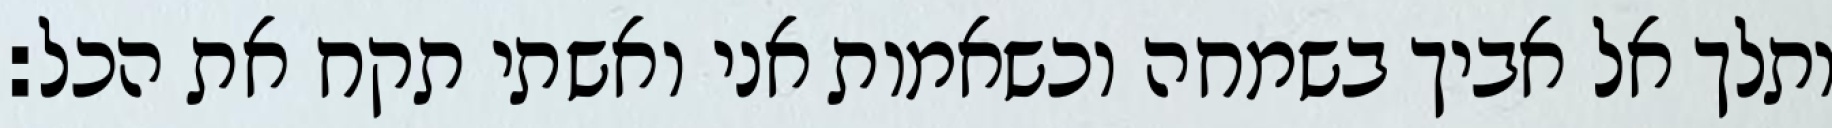
ותלך אל אביך בשמחה וכשאמות אני ואשתי תקח את הכל: